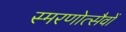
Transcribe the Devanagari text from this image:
स्मरणोत्सैवों